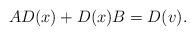
LaTeX: \begin{align*}AD(x) + D(x)B = D(v).\end{align*}